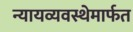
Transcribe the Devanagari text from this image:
न्यायव्यवस्थेमार्फत